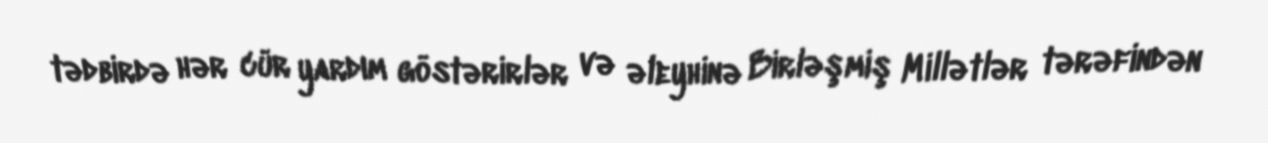
tədbirdə hər cür yardım göstərirlər və əleyhinə Birləşmiş Millətlər tərəfindən